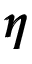
\pmb { \eta }